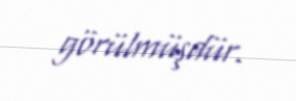
görülmüşdür.